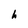
Character: h